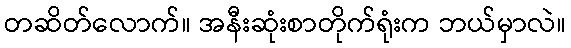
တဆိတ်လောက်။ အနီးဆုံးစာတိုက်ရုံးက ဘယ်မှာလဲ။